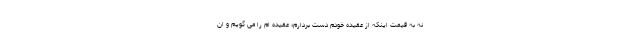
نه به قیمت اینکه از عقیده خودم دست بردارم؛ عقیده ام را می گویم و ان